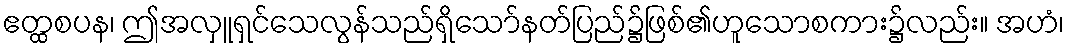
ဧတ္ထစပန၊ ဤအလှူရှင်သေလွန်သည်ရှိသော်နတ်ပြည်၌ဖြစ်၏ဟူသောစကား၌လည်း။ အဟံ၊